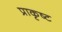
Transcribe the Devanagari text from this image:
प्राकृष्ट